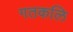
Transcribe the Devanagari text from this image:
गतकलि